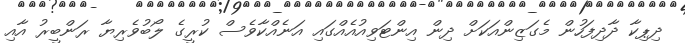
ދިޕިކާ ދާދިފަހުން މެގަޒިންއަކަށް ދިން އިންޓަވިއުއެއްގައި އަނެއްކާވެސް ކުރީގެ ލޯބުވެރިޔާ ރަންބީރު އާއި